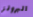
البرونز